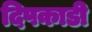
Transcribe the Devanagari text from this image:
दिपकाडी